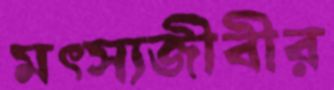
মত্স্যজীবীর